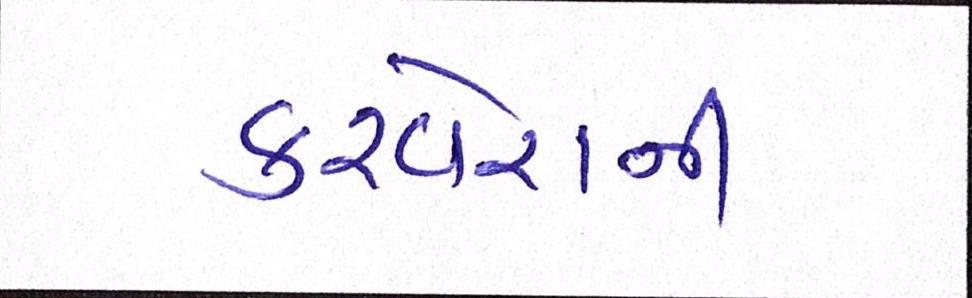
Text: કરવેરાની